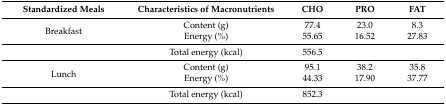
<table><thead><tr><td><b>Standardized Meals</b></td><td><b>Characteristics of Macronutrients</b></td><td><b>CHO</b></td><td><b>PRO</b></td><td><b>FAT</b></td></tr></thead><tbody><tr><td rowspan="2">Breakfast</td><td>Content (g)</td><td>77.4</td><td>23.0</td><td>8.3</td></tr><tr><td>Energy (%)</td><td>55.65</td><td>16.52</td><td>27.83</td></tr><tr><td></td><td>Total energy (kcal)</td><td>556.5</td><td></td><td></td></tr><tr><td rowspan="2">Lunch</td><td>Content (g)</td><td>95.1</td><td>38.2</td><td>35.8</td></tr><tr><td>Energy (%)</td><td>44.33</td><td>17.90</td><td>37.77</td></tr><tr><td></td><td>Total energy (kcal)</td><td>852.3</td><td></td><td></td></tr></tbody></table>